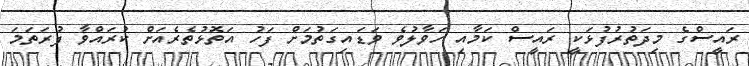
ރައީސްގެ މިދަތުރުފުޅަކީ ރައީސް ކަމާއި ހަވާލުވެ ވަޑައިގަތުމަށް ފަހު އަތޮޅުތެރެއަށް ކުރައްވާ ފުރަތަމަ